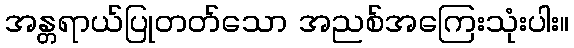
အန္တရာယ်ပြုတတ်သော အညစ်အကြေးသုံးပါး။